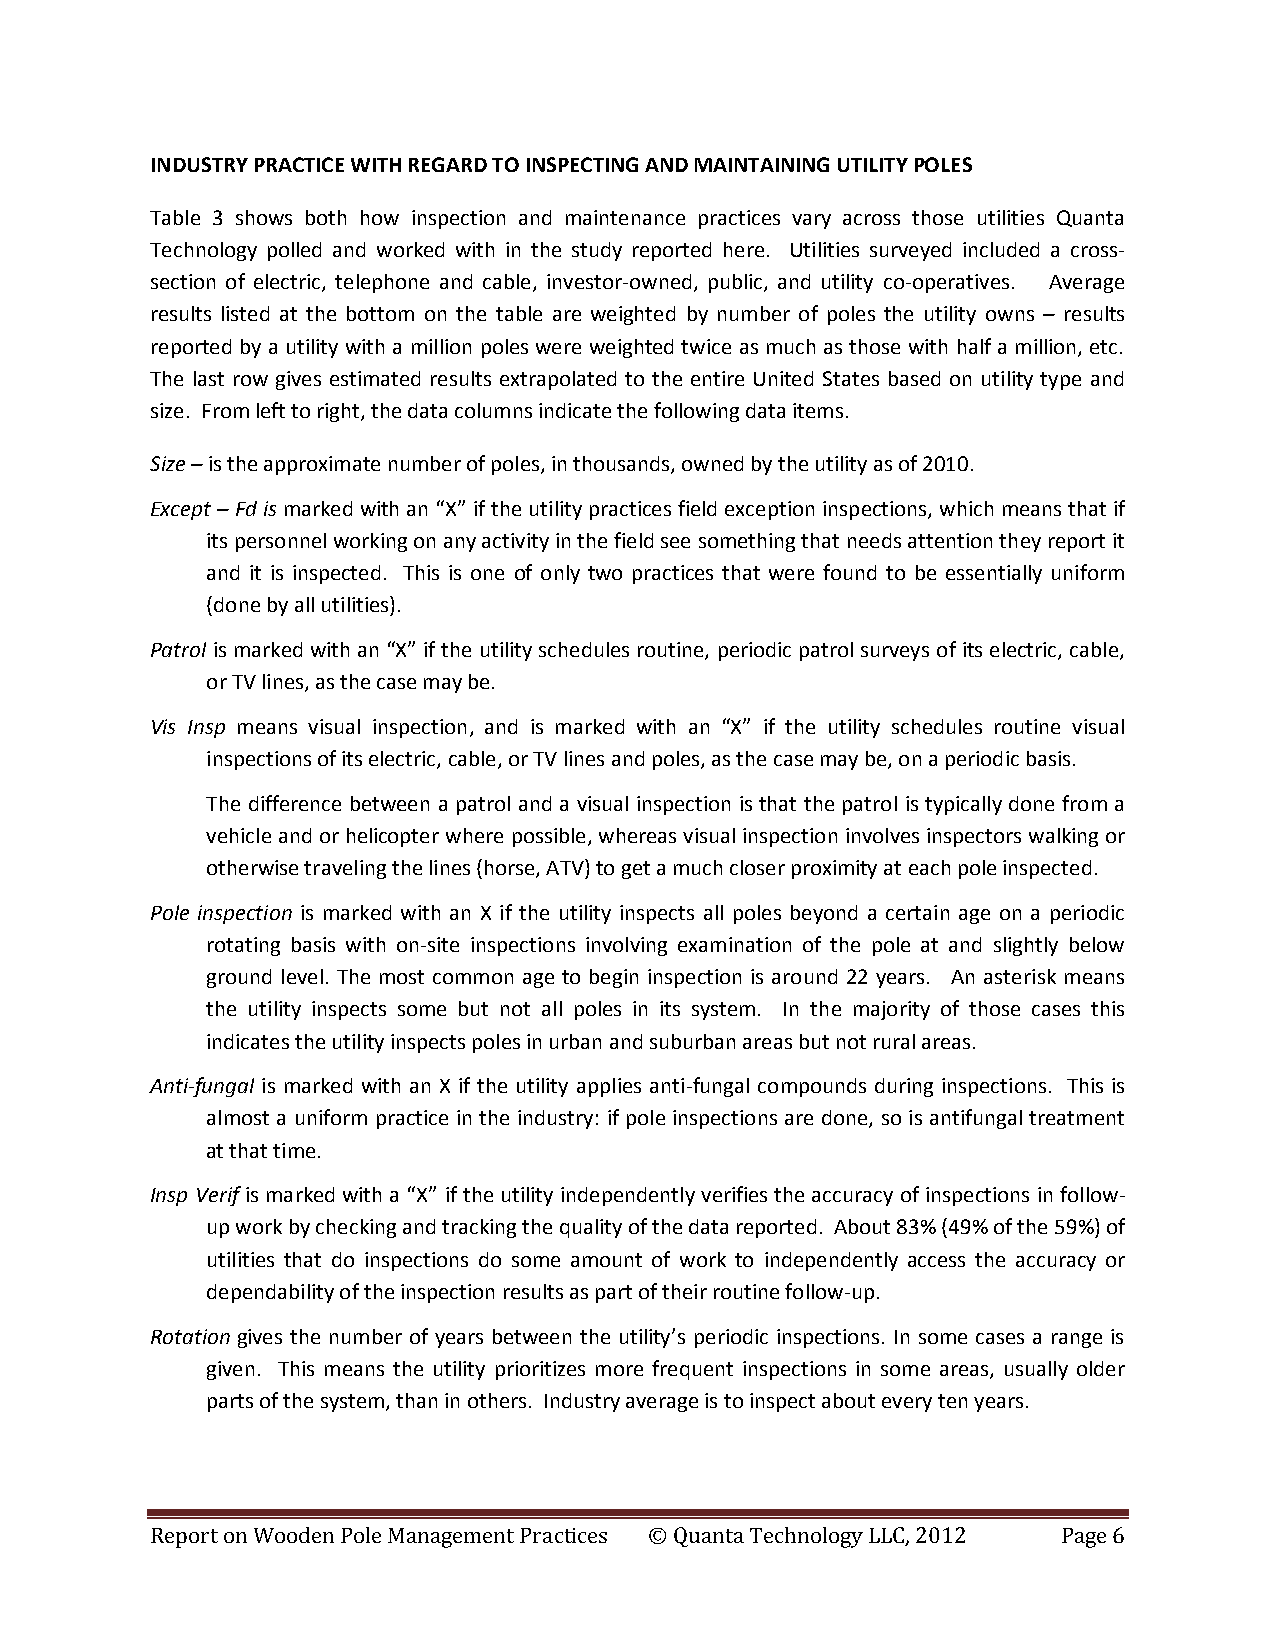
INDUSTRY PRACTICE WITH REGARD TO INSPECTING AND MAINTAINING UTILITY POLES
 Table 3 shows both how inspection and maintenance practices vary across those utilities Quanta
 Technology polled and worked with in the study reported here. Utilities surveyed included a cross-
 section of electric, telephone and cable, investor-owned, public, and utility co-operatives. Average
 results listed at the bottom on the table are weighted by number of poles the utility owns – results
 reported by a utility with a million poles were weighted twice as much as those with half a million, etc.
 The last row gives estimated results extrapolated to the entire United States based on utility type and
 size. From left to right, the data columns indicate the following data items.
 Size – is the approximate number of poles, in thousands, owned by the utility as of 2010.
 Except – Fd is marked with an “X” if the utility practices field exception inspections, which means that if
 its personnel working on any activity in the field see something that needs attention they report it
 and it is inspected. This is one of only two practices that were found to be essentially uniform
 (done by all utilities).
 Patrol is marked with an “X” if the utility schedules routine, periodic patrol surveys of its electric, cable,
 or TV lines, as the case may be.
 Vis Insp means visual inspection, and is marked with an “X” if the utility schedules routine visual
 inspections of its electric, cable, or TV lines and poles, as the case may be, on a periodic basis.
 The difference between a patrol and a visual inspection is that the patrol is typically done from a
 vehicle and or helicopter where possible, whereas visual inspection involves inspectors walking or
 otherwise traveling the lines (horse, ATV) to get a much closer proximity at each pole inspected.
 Pole inspection is marked with an X if the utility inspects all poles beyond a certain age on a periodic
 rotating basis with on-site inspections involving examination of the pole at and slightly below
 ground level. The most common age to begin inspection is around 22 years. An asterisk means
 the utility inspects some but not all poles in its system. In the majority of those cases this
 indicates the utility inspects poles in urban and suburban areas but not rural areas.
 Anti-fungal is marked with an X if the utility applies anti-fungal compounds during inspections. This is
 almost a uniform practice in the industry: if pole inspections are done, so is antifungal treatment
 at that time.
 Insp Verif is marked with a “X” if the utility independently verifies the accuracy of inspections in follow-
 up work by checking and tracking the quality of the data reported. About 83% (49% of the 59%) of
 utilities that do inspections do some amount of work to independently access the accuracy or
 dependability of the inspection results as part of their routine follow-up.
 Rotation gives the number of years between the utility’s periodic inspections. In some cases a range is
 given. This means the utility prioritizes more frequent inspections in some areas, usually older
 parts of the system, than in others. Industry average is to inspect about every ten years.
 Report on Wooden Pole Management Practices © Quanta Technology LLC, 2012 Page 6